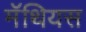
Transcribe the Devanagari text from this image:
मॅथियस